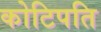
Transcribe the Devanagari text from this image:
कोटिपति